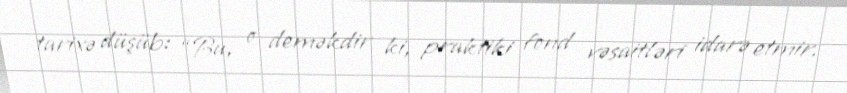
tarixə düşüb: “Bu, o deməkdir ki, praktiki fond vəsaitləri idarə etmir.